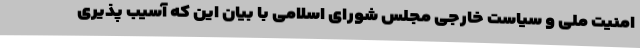
امنیت ملی و سیاست خارجی مجلس شورای اسلامی با بیان این که آسیب پذیری